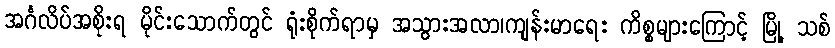
အင်္ဂလိပ်အစိုးရ မိုင်းသောက်တွင် ရုံးစိုက်ရာမှ အသွားအလာ၊ကျန်းမာရေး ကိစ္စများကြောင့် မြို့ သစ်